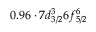
0 . 9 6 \cdot 7 d _ { 3 / 2 } ^ { 3 } 6 f _ { 5 / 2 } ^ { 6 }